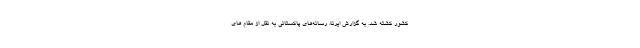
کشور کشته شد. به گزارش ایرنا، رسانه‌های پاکستانی به نقل از مقام های